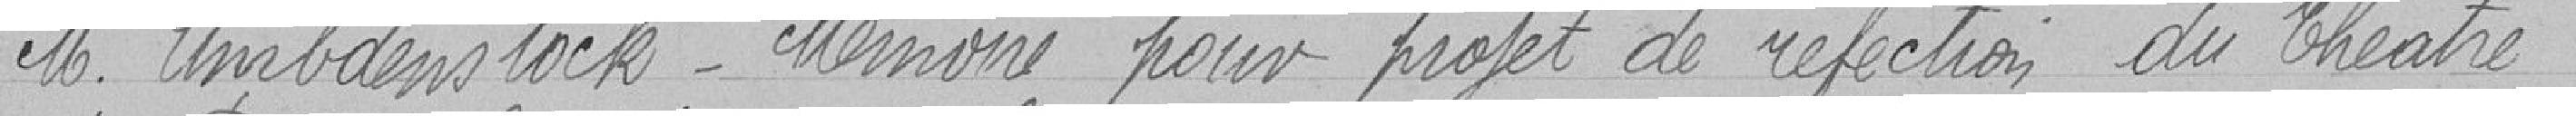
Monsieur UMBDENSTOCK  - Mémoire pour projet de réfection du théâtre